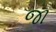
જા